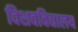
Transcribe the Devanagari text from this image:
विशवविद्यालय